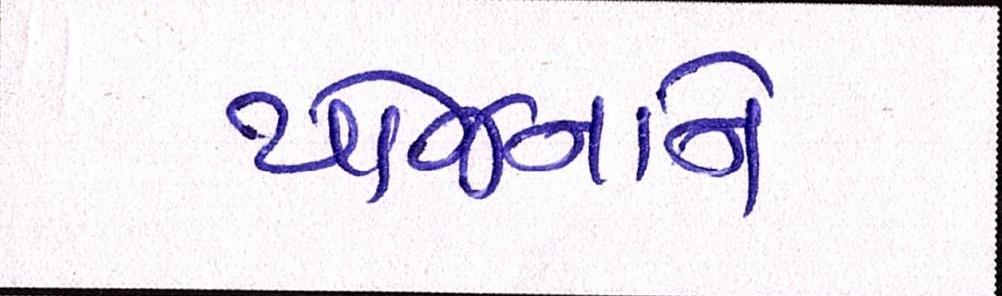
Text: યોજનાને